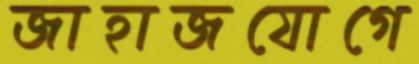
জাহাজযোগে